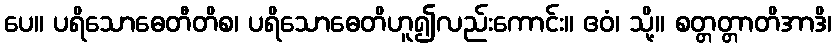
ပေ။ ပရိသောဓေတီတိစ၊ ပရိသောဓေတိဟူ၍လည်းကောင်း။ ဧဝံ၊ သို့။ စတ္တတ္တာတိအာဒိ၊